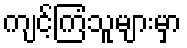
ကျင့်ကြံသူများမှာ